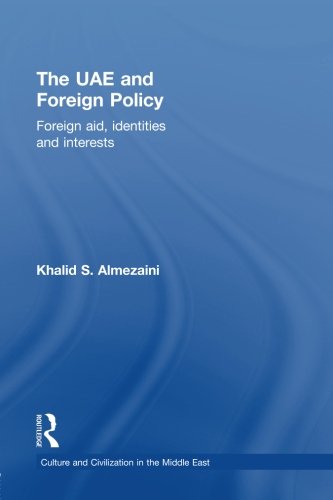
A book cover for The UAE and Foreign Policy: Foreign Aid, Identities and Interests (Culture and Civilization in the Middle East); Khalid S. Almezaini; History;